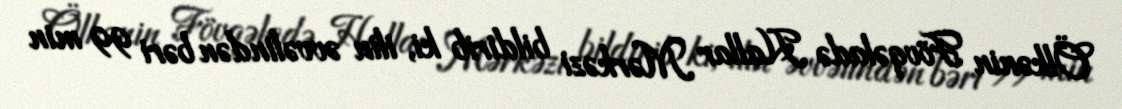
Ölkənin Fövqəladə Hallar Mərkəzi bildirib ki, ilin əvvəlindən bəri 99 min